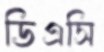
ডিএসি